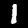
Label: 1